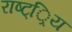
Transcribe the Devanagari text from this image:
राष्ट््रिय